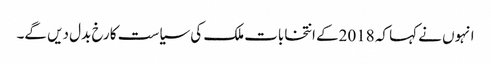
انہوں نے کہا کہ 2018کے انتخابات ملک کی سیاست کا رخ بدل دیں گے۔